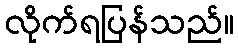
လိုက်ရပြန်သည်။